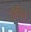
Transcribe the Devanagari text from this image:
बीनिय